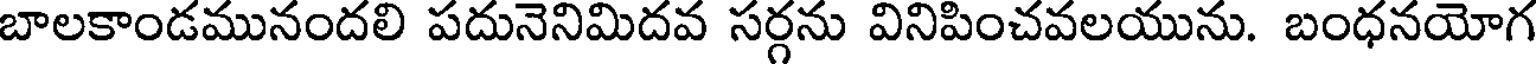
బాలకాండమునందలి పదునెనిమిదవ సర్గను వినిపించవలయును. బంధనయోగ